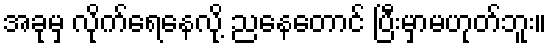
အခုမှ လိုက်ရေနေလို့ ညနေတောင် ပြီးမှာမဟုတ်ဘူး။